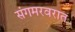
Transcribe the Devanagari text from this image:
संगमरवरात